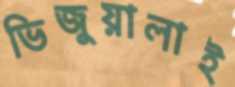
ভিজুয়ালাই